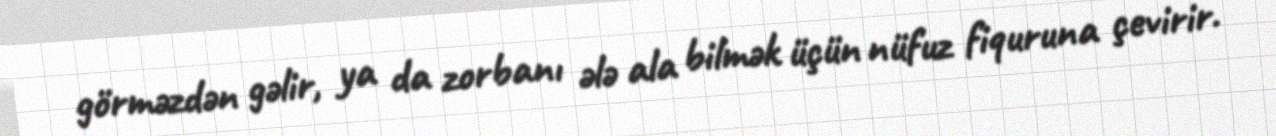
görməzdən gəlir, ya da zorbanı ələ ala bilmək üçün nüfuz fiquruna çevirir.